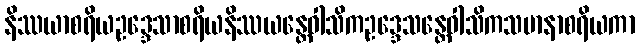
နိဿယာစရိယဥဒ္ဒေသာစရိယနိဿယန္တေဝါသိကဥဒ္ဒေသန္တေဝါသိကသမာနာစရိယကာ